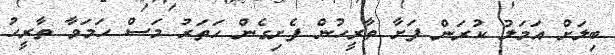
ބިލަށް އަމަލު ކުރަން ފަށާ ތާރީހުން ފެށިގެން ހަތަރު މަސް ހަމަވާ ތާރީހު